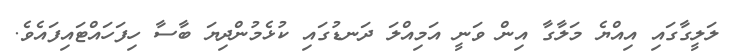
ލަލީގާގައި އިއްޔެ މަލާގާ އިން ވަނީ އަމިއްލަ ދަނޑުގައި ކުޅެމުންދިޔަ ބާސާ ހިފަހައްޓައިފައެވެ.